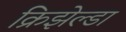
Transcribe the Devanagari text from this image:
क्रिझेल्डा